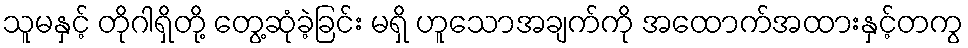
သူမနှင့် တိုဂါရှိတို့ တွေ့ဆုံခဲ့ခြင်း မရှိ ဟူသောအချက်ကို အထောက်အထားနှင့်တကွ